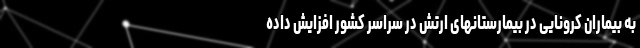
به بیماران کرونایی در بیمارستانهای ارتش در سراسر کشور افزایش داده